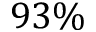
9 3 \%